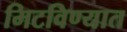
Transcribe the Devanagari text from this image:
मिटविण्यात